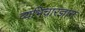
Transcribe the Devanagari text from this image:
व्यभिचारज्ञान